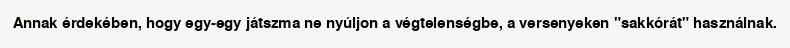
Annak érdekében, hogy egy-egy játszma ne nyúljon a végtelenségbe, a versenyeken "sakkórát" használnak.